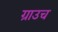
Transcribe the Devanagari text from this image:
ग्राउच